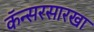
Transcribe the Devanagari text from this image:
कॅन्सरसारखा